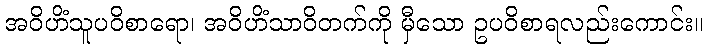
အဝိဟိံသူပဝိစာရော၊ အဝိဟိံသာဝိတက်ကို မှီသော ဥပဝိစာရလည်းကောင်း။